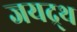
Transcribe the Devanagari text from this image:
जयद्र्थ